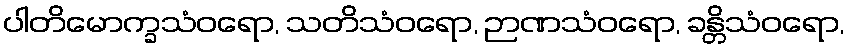
ပါတိမောက္ခသံဝရော, သတိသံဝရော, ဉာဏသံဝရော, ခန္တိသံဝရော,